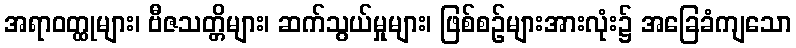
အရာဝတ္ထုများ၊ ဗီဇသတ္တိများ၊ ဆက်သွယ်မှုများ၊ ဖြစ်စဉ်များအားလုံး၌ အခြေခံကျသော